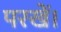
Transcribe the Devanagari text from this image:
परखें।